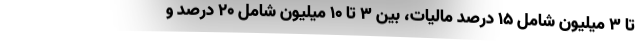
تا ۳ میلیون شامل ۱۵ درصد مالیات، بین ۳ تا ۱۰ میلیون شامل ۲۰ درصد و